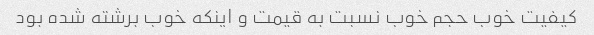
کیفیت خوب حجم خوب نسبت به قیمت و اینکه خوب برشته شده بود